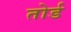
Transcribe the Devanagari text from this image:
तोर्ड